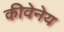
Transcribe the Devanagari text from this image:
कीवेनेय